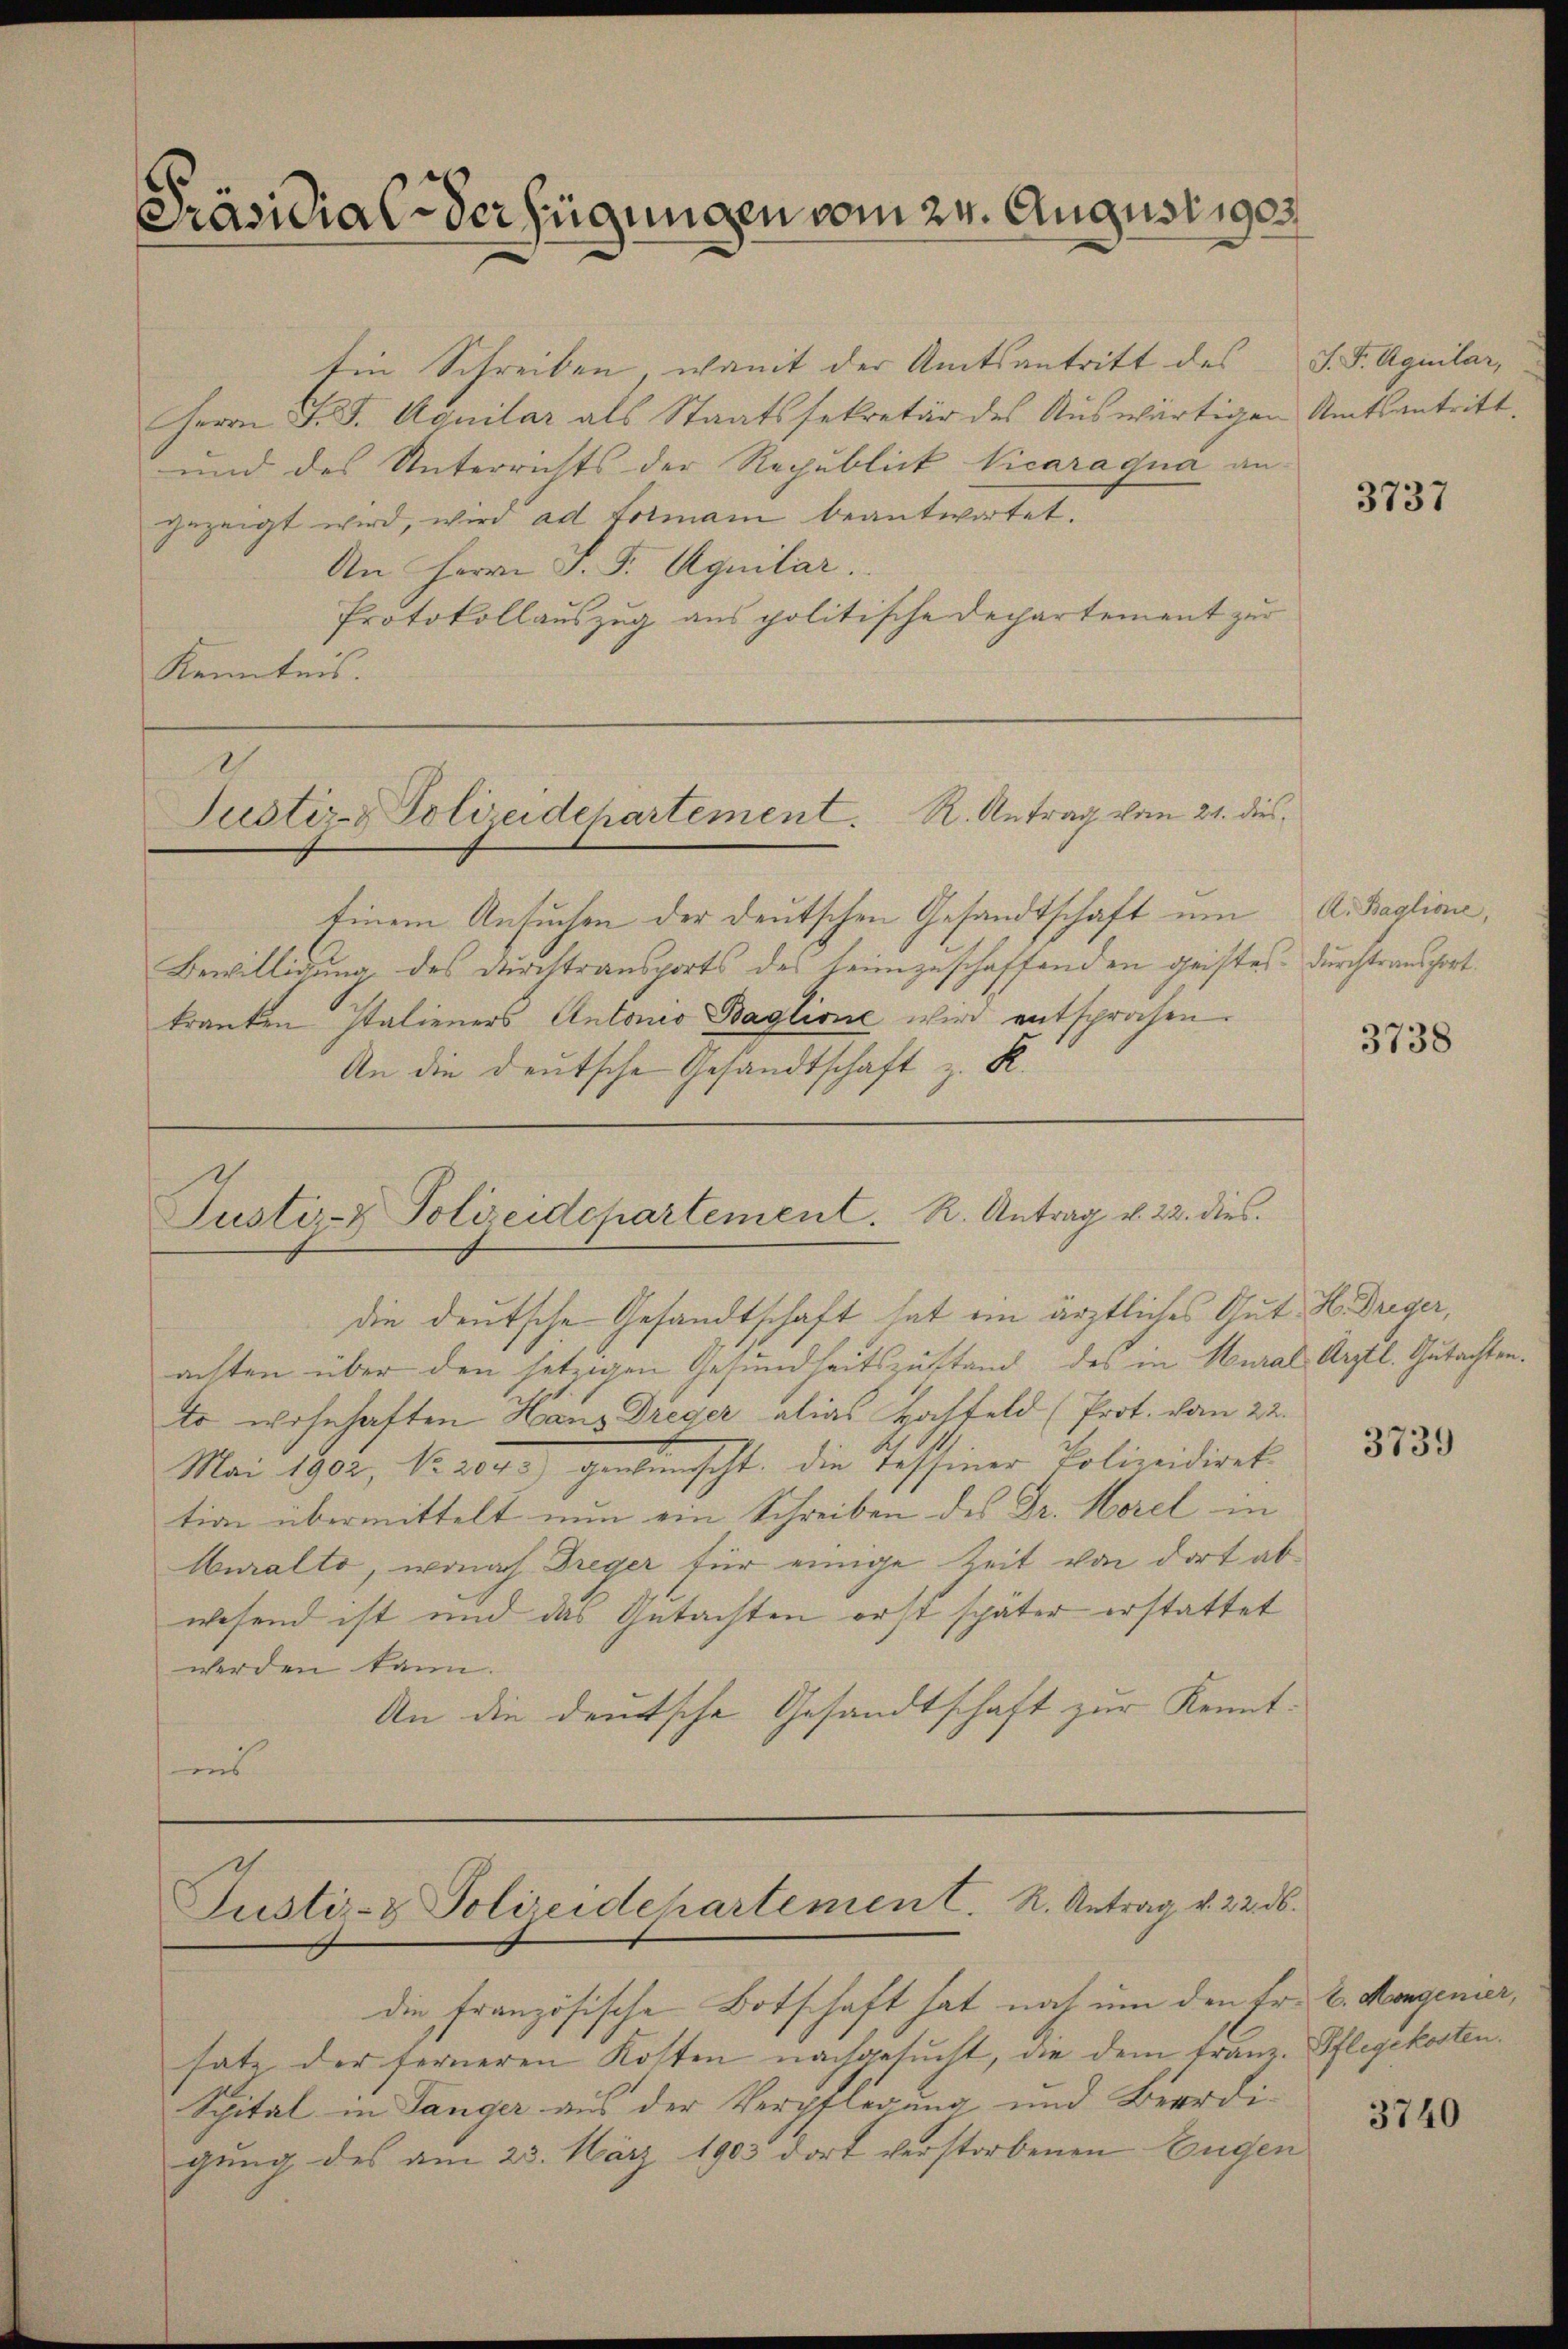
Präsidial-Verfügungen vom 24. Augustiges

Ein Schreiben, womit der Amtsantritt des
Herrn F. J. Aquilar als Staatssekretär des Auswärtigen Amtsantritt.
und des Unterrichts der Republick Vicaraqua an.
gezeigt wird, wird ad formani beantwortet.
An Herrn J. F. Aquilar
Protokollauszug aus politische Dechartement zur
Kenntnis.

Justiz- & Polieidchartement. R. Antrag vom 21. dies

Justiz- & Polizeidepartement. R. Antrag v. 22. dies

Einem Ansuchen der deutschen Gesandtschaft um
Bewilligung des Durchtransports des heimzuschaffenden geistes durchtransport
kranken Italieners Antonio Baglione wird entsprochen.
An die deutsche Gesandtschaft z. R.

die deutsche Gesandtschaft hat ein ärztliches Gut H. Driger,
achten über den setzigen Gesundheitszustand des in Mural-Arztl. Gutachten.
to wohnhaften Hans Dreyer alias Hochfeld (Prot. vom 22.
Mai 1902, No. 204. gewünscht. Die Tessiner Polizeidirek
tion übermittelt nun ein Schreiben des Dr. Horel in
Muralto, wonach Dreger für einige Zeit von dort abwesend ist und das Gutachten erst später erstattet
werden kann.
An die deutsche Gesandtschaft zur Kennt:
ins

Justiz- & Polizeidehartement. R. Antrag v. 22. d.

die französische Botschaft hat noch um den Fr. 2. Mangenier,
satz der ferneren Kosten nachgesucht, die dem Franz. Pflegekosten
Spital in Tanger aus der Verpflegung und Beerdigung des am 23. März 1903 dort verstorbenen Eugen

J. F. Agular,

3737

A. Baglione,

3738

3739

3740